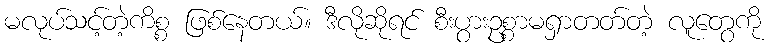
မလုပ်သင့်တဲ့ကိစ္စ ဖြစ်နေတယ်။ ဒီလိုဆိုရင် စီးပွားဥစ္စာမရှာတတ်တဲ့ လူတွေကို